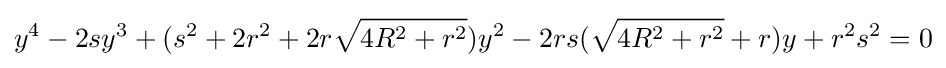
y^{4}-2sy^{3}+(s^{2}+2r^{2}+2r{\sqrt {4R^{2}+r^{2}}})y^{2}-2rs({\sqrt {4R^{2}+r^{2}}}+r)y+r^{2}s^{2}=0